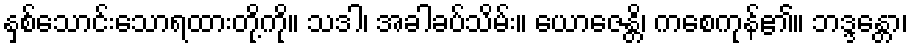
နှစ်သောင်းသောရထားတို့ကို။ သဒါ၊ အခါခပ်သိမ်း။ ယောဇေန္တိ၊ ကစေကုန်၏။ ဘဒ္ဒန္တော၊